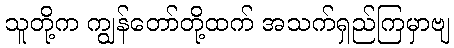
သူတို့က ကျွန်တော်တို့ထက် အသက်ရှည်ကြမှာဗျ